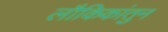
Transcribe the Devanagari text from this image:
लौकिकांतुन